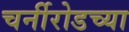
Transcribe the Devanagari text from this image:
चर्नीरोडच्या